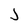
Character: j